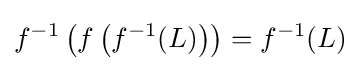
f^{-1}\left(f\left(f^{-1}(L)\right)\right)=f^{-1}(L)